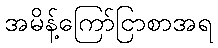
အမိန့်ကြော်ငြာစာအရ